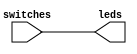
module switch_to_led (
    input [3:0] switches, // 4-bit input for switches
    output reg [3:0] leds // 4-bit output for LEDs
);

always @* begin
    leds = switches; // Assign the value of switches to leds directly
end

endmodule